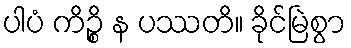
ပါပံ ကိဉ္စိ န ပဿတိ။ ခိုင်မြဲစွာ